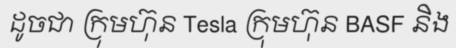
ដូចជា ក្រុមហ៊ុន Tesla ក្រុមហ៊ុន BASF និង